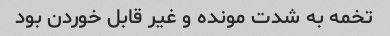
تخمه به شدت مونده و غیر قابل خوردن بود